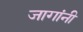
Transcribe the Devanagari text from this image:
जागांनी